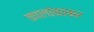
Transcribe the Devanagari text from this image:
कालांकाकर